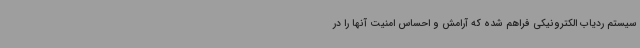
سیستم ردیاب الکترونیکی فراهم شده که آرامش و احساس امنیت آنها را در